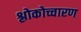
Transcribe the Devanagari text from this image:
श्लोकोच्चारण